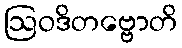
ဩဝဒိတဗ္ဗောတိ